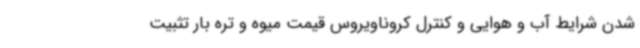
شدن شرایط آب و هوایی و کنترل کروناویروس قیمت میوه و تره بار تثبیت